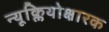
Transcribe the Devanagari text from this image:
न्यूक्लियोक्षारक